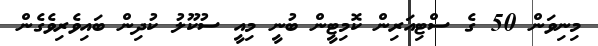
މިނިވަން 50 ގެ ސްޓިއަރިން ކޮމިޓީން ބުނީ މިއީ ސުކޫލު ކުދިން ބައިވެރިވެގެން